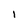
Character: 1